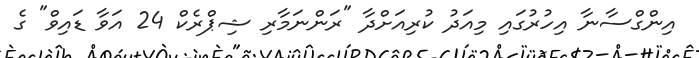
އިންގްސާނާ އިހުރުގައި މިއަދު ކުރިއަށްދާ "ރަންނަމާރި ޝިޕްރެކް 24 އަވާ ޑައިވް" ގެ